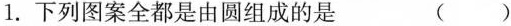
1.下列图案全都是由圆组成的是 ( )